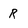
Character: R